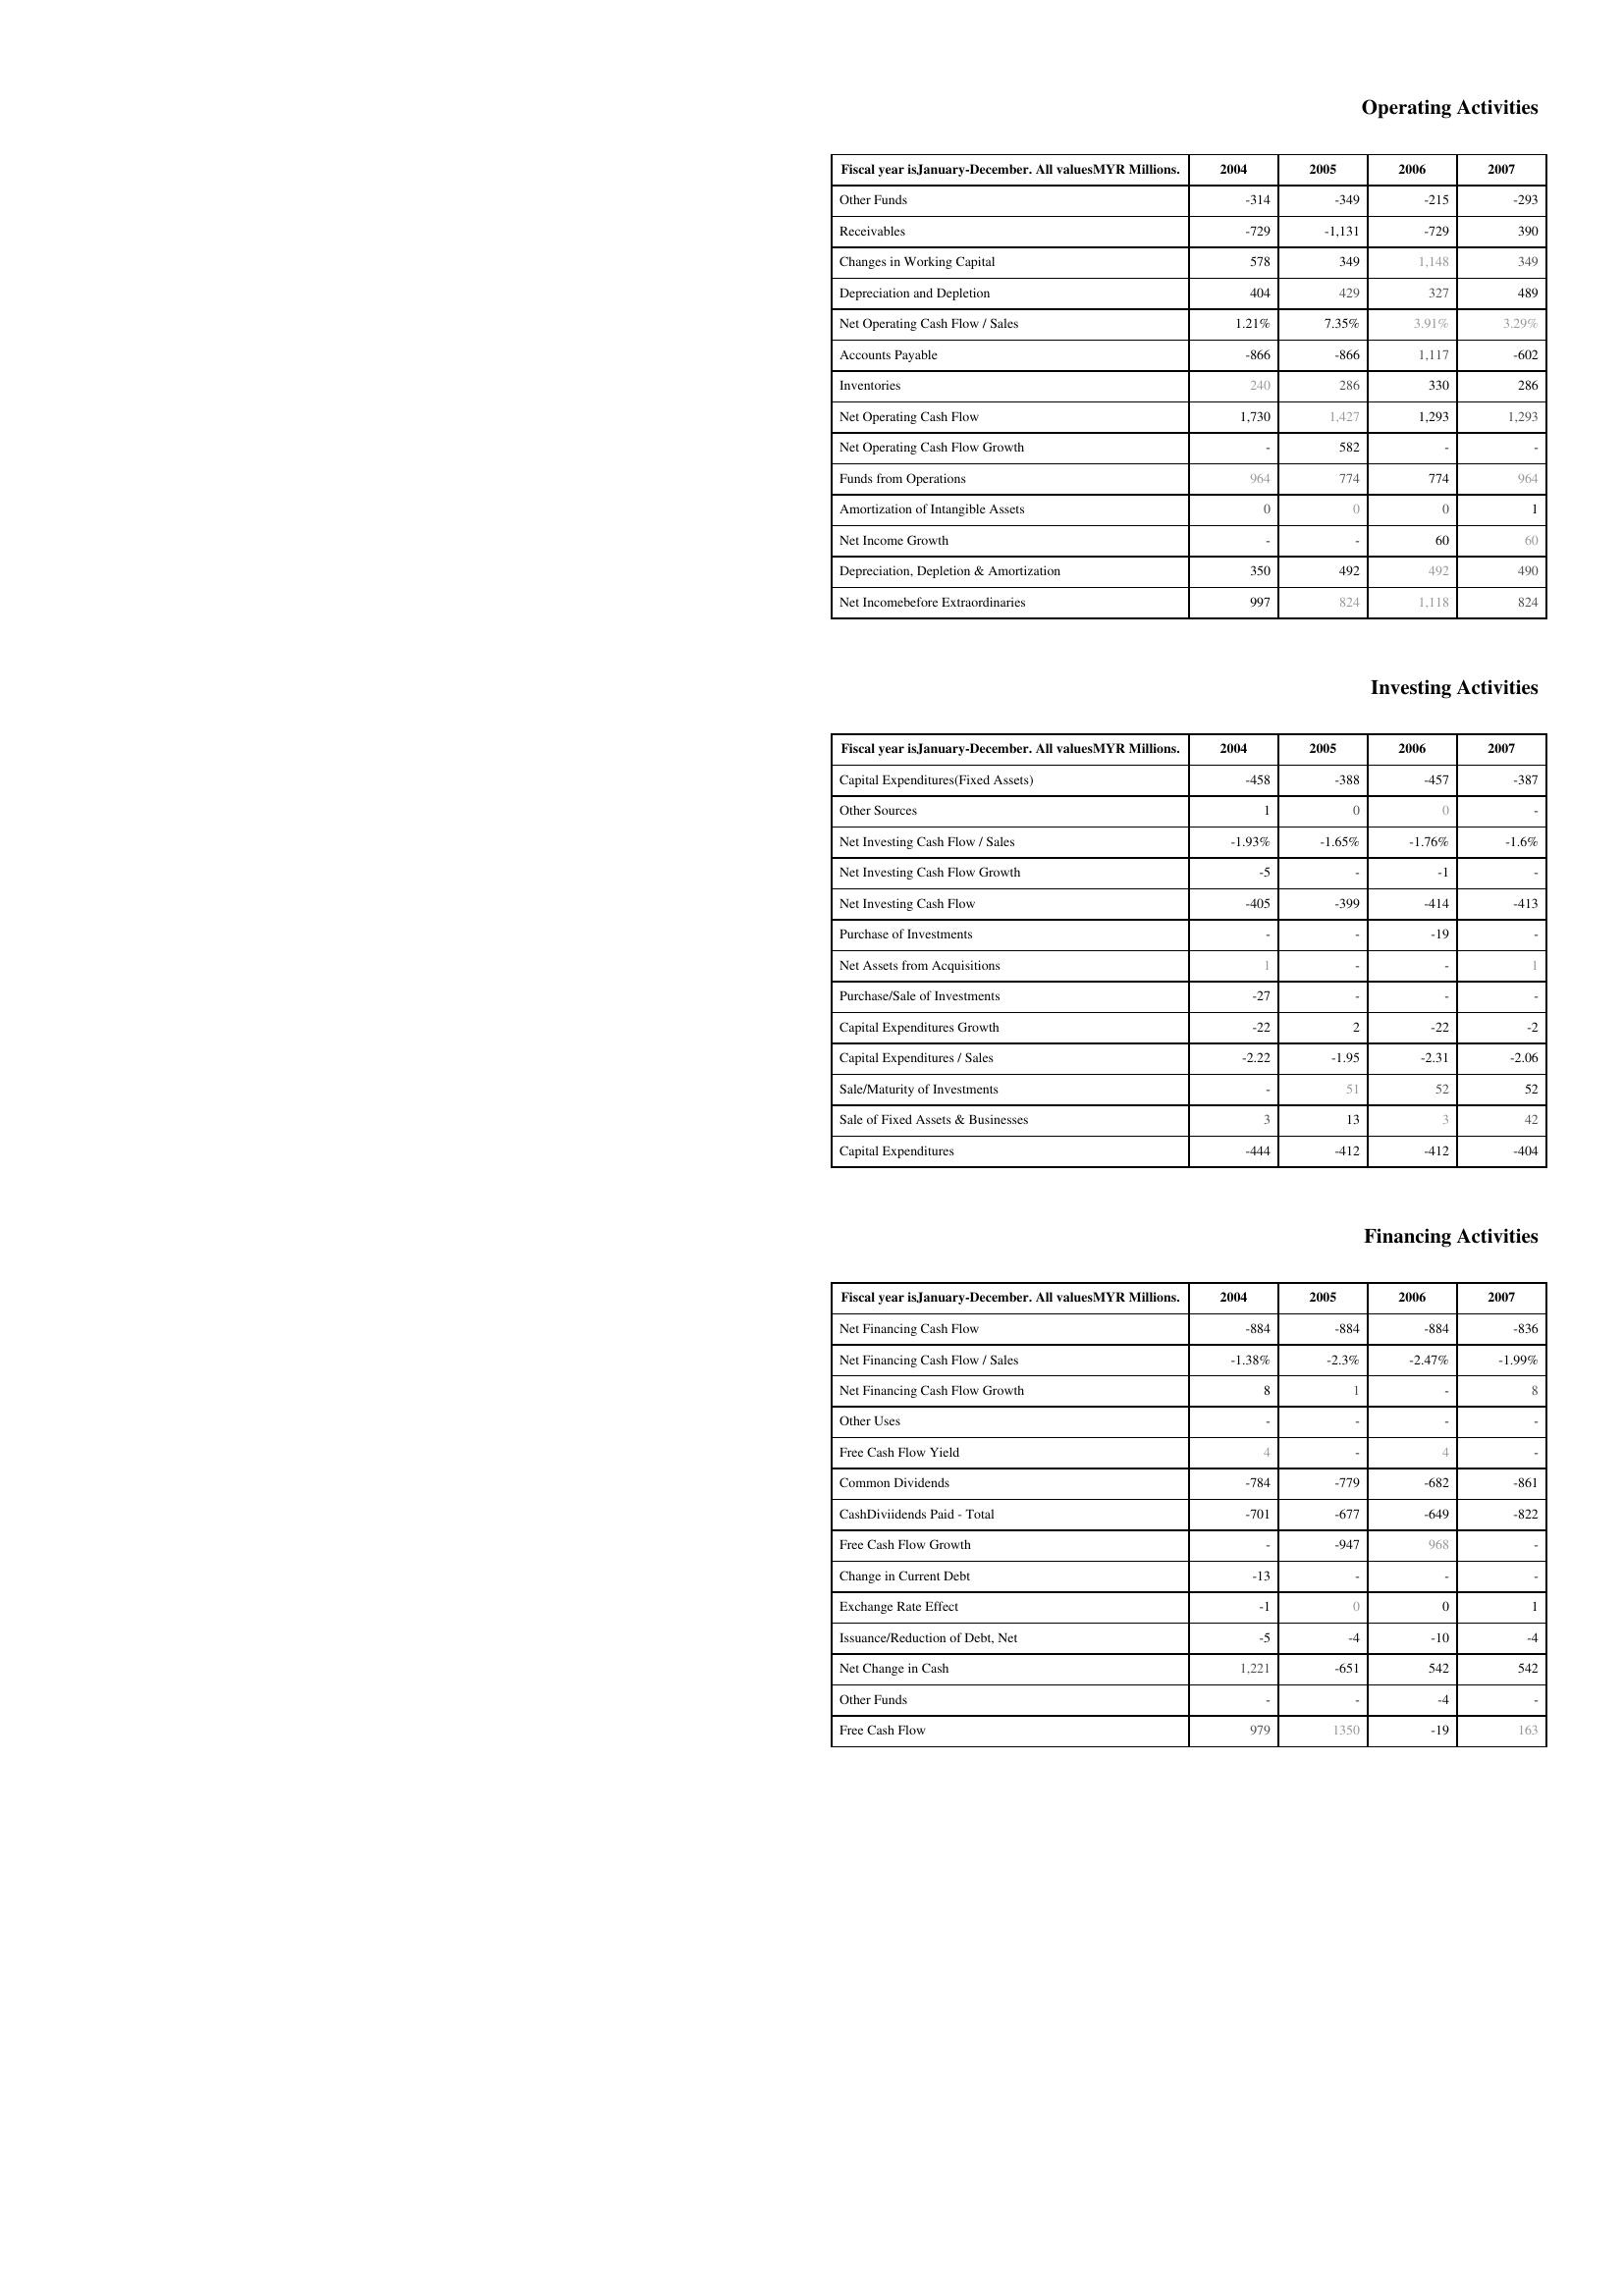
2004: Operating Activities: Other Funds: -314
Receivables: -729
Changes in Working Capital: 578
Depreciation and Depletion: 404
Net Operating Cash Flow / Sales: 1.21%
Accounts Payable: -866
Inventories: 240
Net Operating Cash Flow: 1,730
Net Operating Cash Flow Growth: -
Funds from Operations: 964
Amortization of Intangible Assets: 0
Net Income Growth: -
Depreciation, Depletion & Amortization: 350
Net Incomebefore Extraordinaries: 997
Investing Activities: Capital Expenditures(Fixed Assets): -458
Other Sources: 1
Net Investing Cash Flow / Sales: -1.93%
Net Investing Cash Flow Growth: -5
Net Investing Cash Flow: -405
Purchase of Investments: -
Net Assets from Acquisitions: 1
Purchase/Sale of Investments: -27
Capital Expenditures Growth: -22
Capital Expenditures / Sales: -2.22
Sale/Maturity of Investments: -
Sale of Fixed Assets & Businesses: 3
Capital Expenditures: -444
Financing Activities: Net Financing Cash Flow: -884
Net Financing Cash Flow / Sales: -1.38%
Net Financing Cash Flow Growth: 8
Other Uses: -
Free Cash Flow Yield: 4
Common Dividends: -784
CashDiviidends Paid - Total: -701
Free Cash Flow Growth: -
Change in Current Debt: -13
Exchange Rate Effect: -1
Issuance/Reduction of Debt, Net: -5
Net Change in Cash: 1,221
Other Funds: -
Free Cash Flow: 979
2005: Operating Activities: Other Funds: -349
Receivables: -1,131
Changes in Working Capital: 349
Depreciation and Depletion: 429
Net Operating Cash Flow / Sales: 7.35%
Accounts Payable: -866
Inventories: 286
Net Operating Cash Flow: 1,427
Net Operating Cash Flow Growth: 582
Funds from Operations: 774
Amortization of Intangible Assets: 0
Net Income Growth: -
Depreciation, Depletion & Amortization: 492
Net Incomebefore Extraordinaries: 824
Investing Activities: Capital Expenditures(Fixed Assets): -388
Other Sources: 0
Net Investing Cash Flow / Sales: -1.65%
Net Investing Cash Flow Growth: -
Net Investing Cash Flow: -399
Purchase of Investments: -
Net Assets from Acquisitions: -
Purchase/Sale of Investments: -
Capital Expenditures Growth: 2
Capital Expenditures / Sales: -1.95
Sale/Maturity of Investments: 51
Sale of Fixed Assets & Businesses: 13
Capital Expenditures: -412
Financing Activities: Net Financing Cash Flow: -884
Net Financing Cash Flow / Sales: -2.3%
Net Financing Cash Flow Growth: 1
Other Uses: -
Free Cash Flow Yield: -
Common Dividends: -779
CashDiviidends Paid - Total: -677
Free Cash Flow Growth: -947
Change in Current Debt: -
Exchange Rate Effect: 0
Issuance/Reduction of Debt, Net: -4
Net Change in Cash: -651
Other Funds: -
Free Cash Flow: 1350
2006: Operating Activities: Other Funds: -215
Receivables: -729
Changes in Working Capital: 1,148
Depreciation and Depletion: 327
Net Operating Cash Flow / Sales: 3.91%
Accounts Payable: 1,117
Inventories: 330
Net Operating Cash Flow: 1,293
Net Operating Cash Flow Growth: -
Funds from Operations: 774
Amortization of Intangible Assets: 0
Net Income Growth: 60
Depreciation, Depletion & Amortization: 492
Net Incomebefore Extraordinaries: 1,118
Investing Activities: Capital Expenditures(Fixed Assets): -457
Other Sources: 0
Net Investing Cash Flow / Sales: -1.76%
Net Investing Cash Flow Growth: -1
Net Investing Cash Flow: -414
Purchase of Investments: -19
Net Assets from Acquisitions: -
Purchase/Sale of Investments: -
Capital Expenditures Growth: -22
Capital Expenditures / Sales: -2.31
Sale/Maturity of Investments: 52
Sale of Fixed Assets & Businesses: 3
Capital Expenditures: -412
Financing Activities: Net Financing Cash Flow: -884
Net Financing Cash Flow / Sales: -2.47%
Net Financing Cash Flow Growth: -
Other Uses: -
Free Cash Flow Yield: 4
Common Dividends: -682
CashDiviidends Paid - Total: -649
Free Cash Flow Growth: 968
Change in Current Debt: -
Exchange Rate Effect: 0
Issuance/Reduction of Debt, Net: -10
Net Change in Cash: 542
Other Funds: -4
Free Cash Flow: -19
2007: Operating Activities: Other Funds: -293
Receivables: 390
Changes in Working Capital: 349
Depreciation and Depletion: 489
Net Operating Cash Flow / Sales: 3.29%
Accounts Payable: -602
Inventories: 286
Net Operating Cash Flow: 1,293
Net Operating Cash Flow Growth: -
Funds from Operations: 964
Amortization of Intangible Assets: 1
Net Income Growth: 60
Depreciation, Depletion & Amortization: 490
Net Incomebefore Extraordinaries: 824
Investing Activities: Capital Expenditures(Fixed Assets): -387
Other Sources: -
Net Investing Cash Flow / Sales: -1.6%
Net Investing Cash Flow Growth: -
Net Investing Cash Flow: -413
Purchase of Investments: -
Net Assets from Acquisitions: 1
Purchase/Sale of Investments: -
Capital Expenditures Growth: -2
Capital Expenditures / Sales: -2.06
Sale/Maturity of Investments: 52
Sale of Fixed Assets & Businesses: 42
Capital Expenditures: -404
Financing Activities: Net Financing Cash Flow: -836
Net Financing Cash Flow / Sales: -1.99%
Net Financing Cash Flow Growth: 8
Other Uses: -
Free Cash Flow Yield: -
Common Dividends: -861
CashDiviidends Paid - Total: -822
Free Cash Flow Growth: -
Change in Current Debt: -
Exchange Rate Effect: 1
Issuance/Reduction of Debt, Net: -4
Net Change in Cash: 542
Other Funds: -
Free Cash Flow: 163